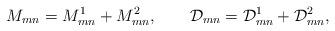
LaTeX: \begin{align*}M_{mn}=M^1_{mn}+M^2_{mn},\qquad\mathcal{D}_{mn}=\mathcal{D}^1_{mn}+\mathcal{D}^2_{mn},\end{align*}